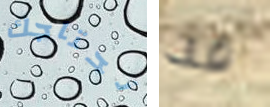
نحتاجك قد